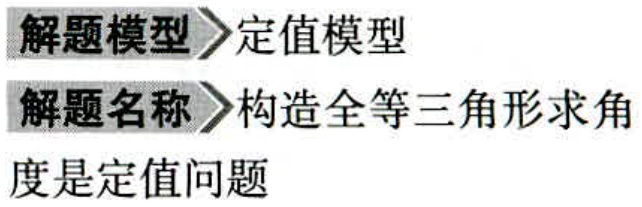
\begin{description}

\item[解题模型] 定值模型

\item[解题名称] 构造全等三角形求角度是定值问题

\end{description}